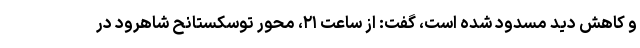
و کاهش دید مسدود شده است، گفت: از ساعت ۲۱، محور توسکستانح شاهرود در